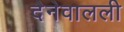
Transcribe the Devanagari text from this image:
देनेवालली